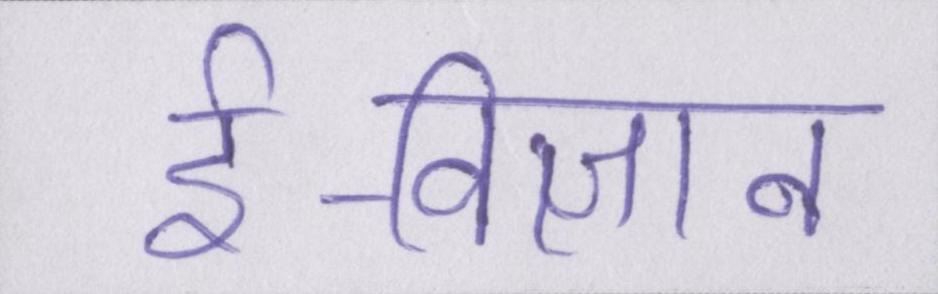
ई-विज्ञान